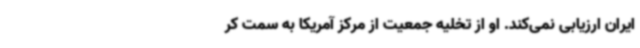
ایران ارزیابی نمی‌کند. او از تخلیه جمعیت از مرکز آمریکا به سمت کر